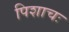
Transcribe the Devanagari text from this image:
पिशाचः